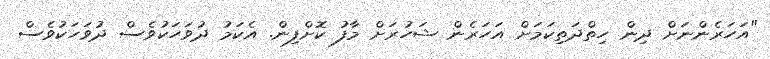
"އަހަރެންނަށް ދިން ހިތްދަތިކަމަށް އަހަރެން ޝަހުރަށް މާފު ކޮށްފިން. އެކަމު ދުވަހަކުވެސް ދުވަހަކުވެސް